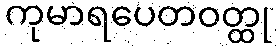
ကုမာရပေတဝတ္ထု